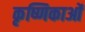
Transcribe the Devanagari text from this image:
कृष्णिकाओं